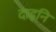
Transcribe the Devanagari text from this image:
दाइनि